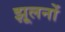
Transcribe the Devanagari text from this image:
झूलनों